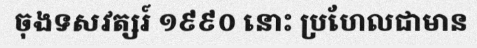
ចុងទសវត្សរ៍ ១៩៩០ នោះ ប្រហែលជាមាន